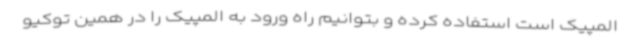
المپیک است استفاده کرده و بتوانیم راه ورود به المپیک را در همین توکیو